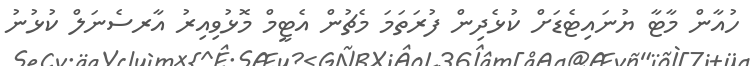
ހުއާން މާޓާ ޔުނައިޓެޑަށް ކުޅެދިން ފުރަތަމަ މެޗުން އެޓީމް މޮޅުވިއިރު އާރސެނަލް ކުޅުނު